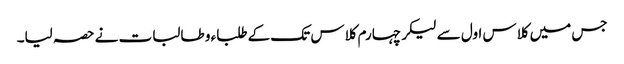
جس میں کلاس اول سے لیکر چہارم کلاس تک کے طلباء و طالبات نے حصہ لیا۔